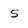
Character: 5